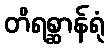
တိရစ္ဆာန်ရုံ